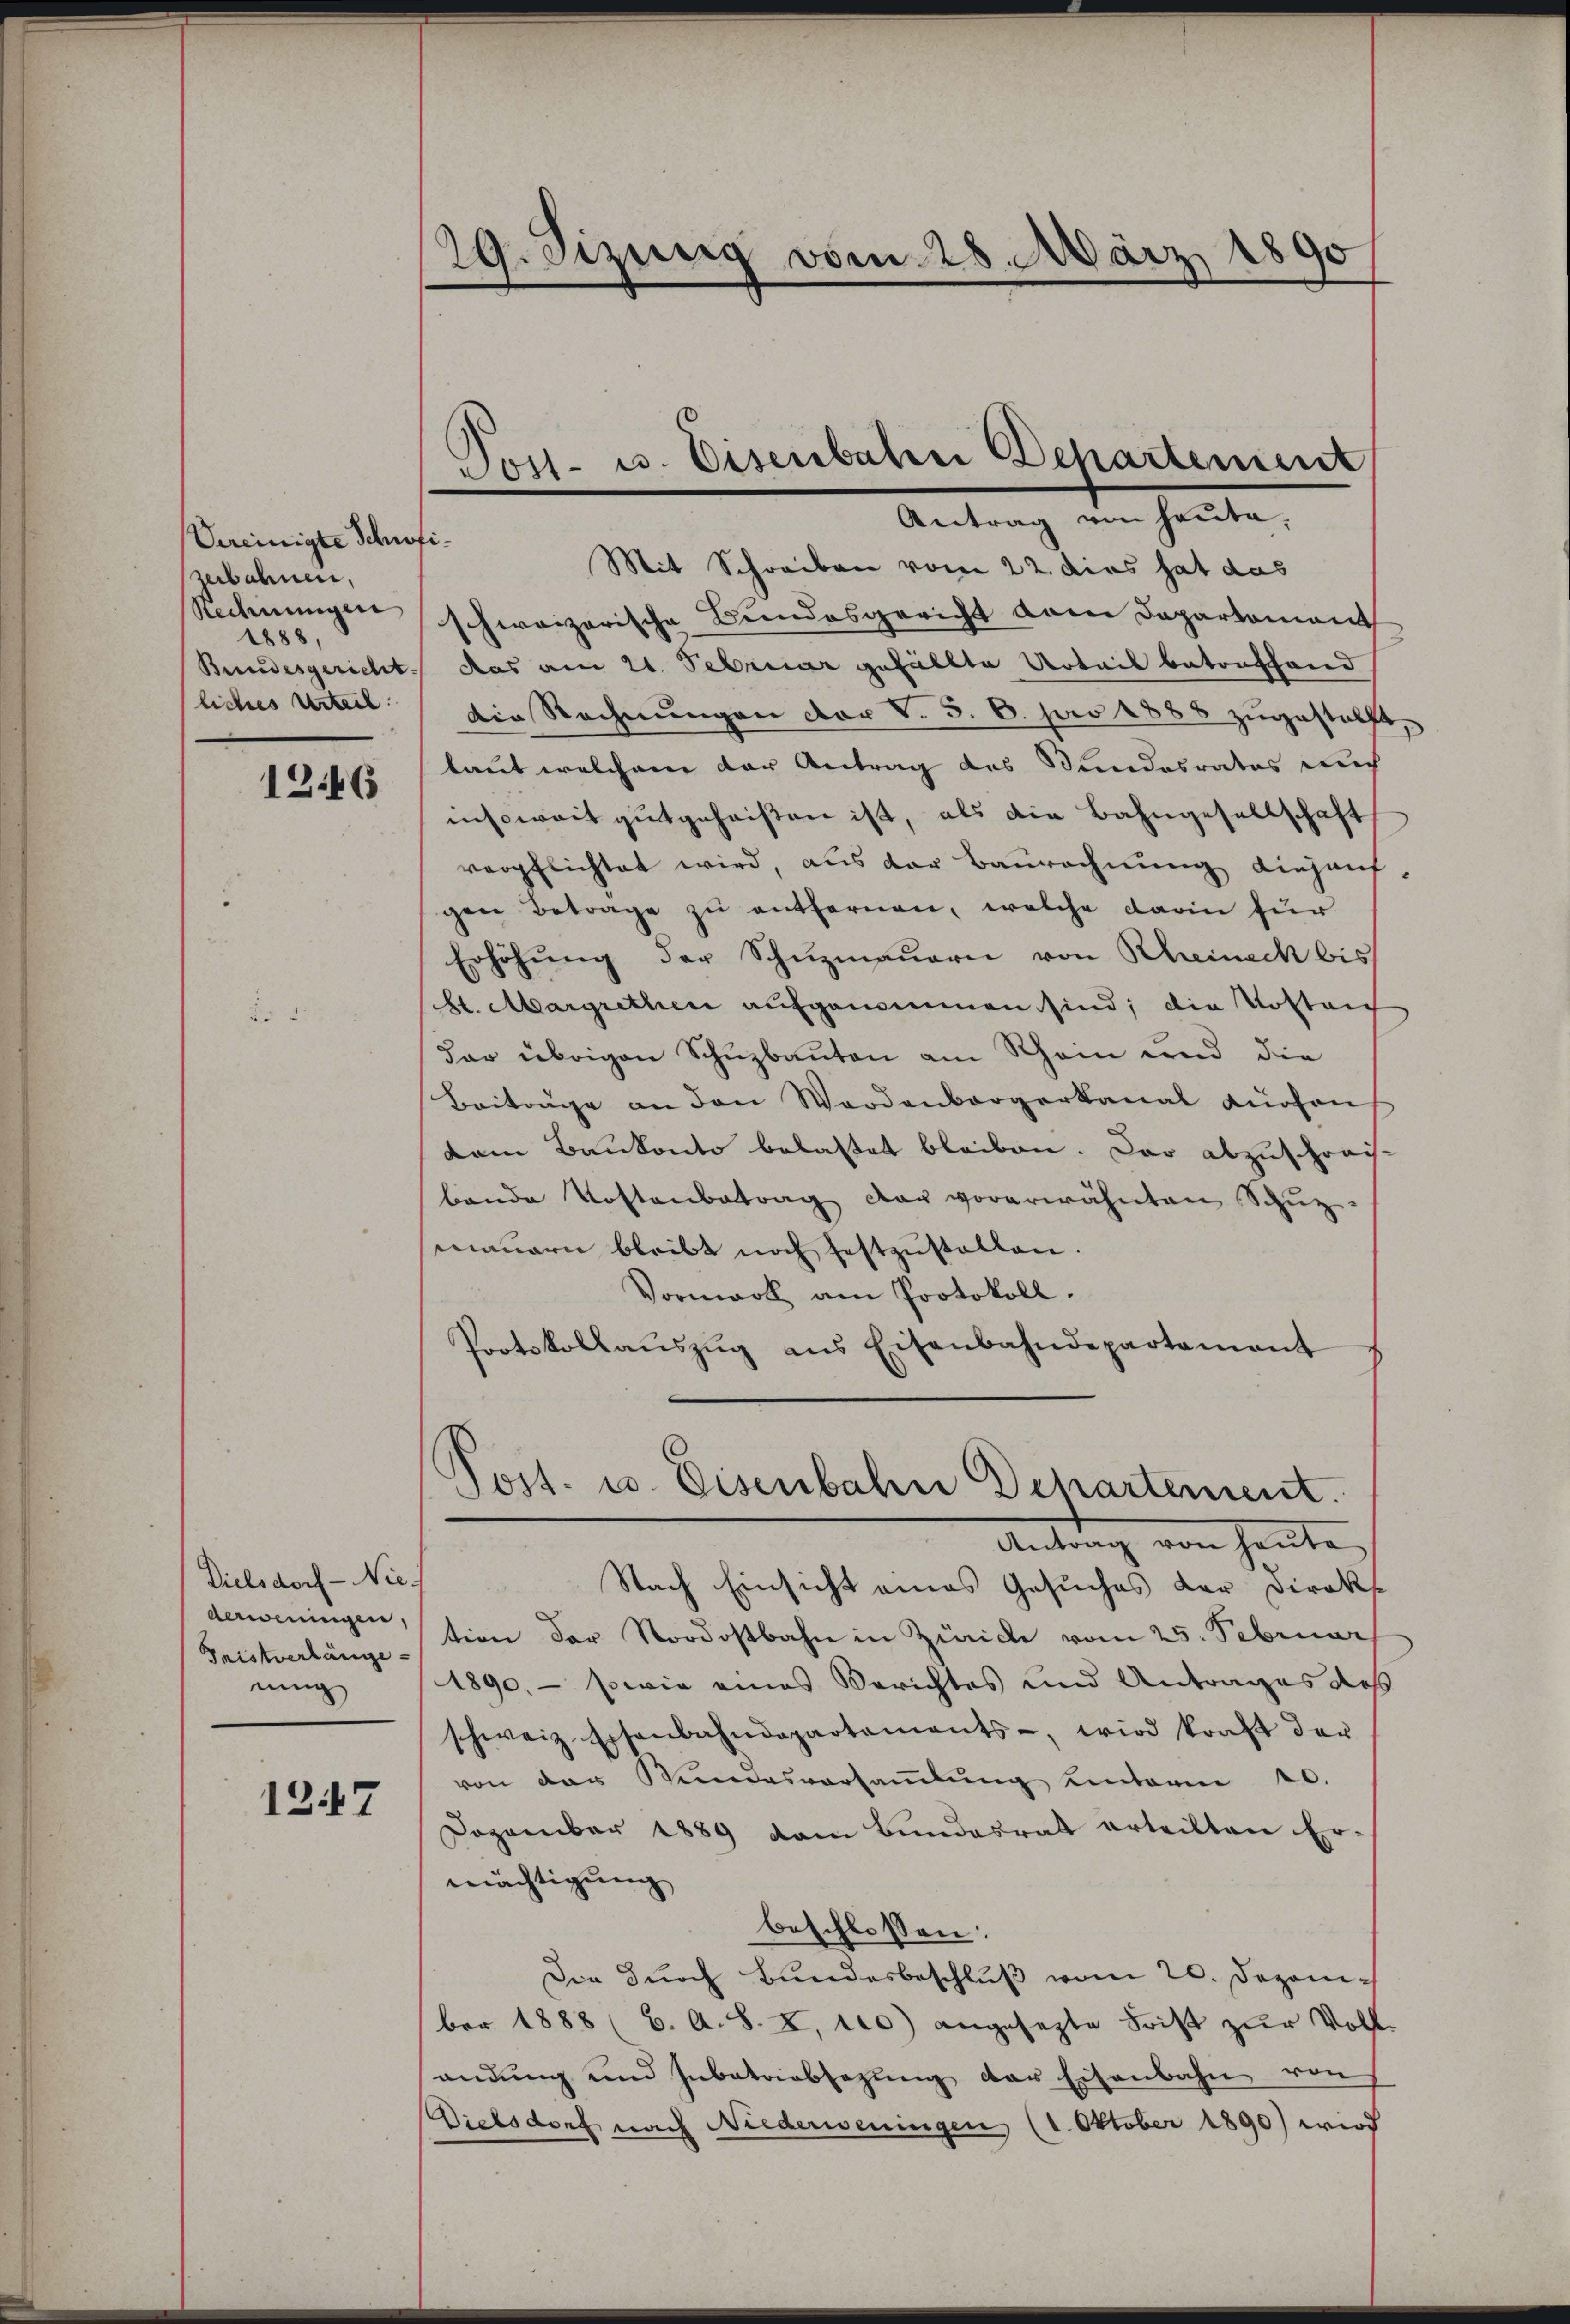
Vereinigte Schifizerbahnen,
Redmungen
1888,
liches Urteil

1246

Dielsdorf - Nie
derweningen,
Fristverlänge
nung

1247

29. Sizung vom 28. März 1890

Mit Schreiben vom 22. dies hat das
schweizerische Bundesgericht dem Departement
Bundesgericht das am 21. Februar gefällte Urteil betonfhand
Die Rechnŭngen der V. 5. 6. pro 1888 zŭgestellt,
laut welchem der Antrag des Kundesrates auch
insoweit gutgeheißen ist, als die Bahngesellschaft
verpflichtet wird, aus der Baurechnung diejant
gen Betrage zu entfernen, welche darin für
Erhöhŭng der Schŭzmauern von Rheineck bis
H. Margrethen aufgenommen sind; die Kosteig
dar übrigen Schuzbauten am Rhein und die
Beiträge an den Wordenbergerkanal dürfen
dem Baukonto belastet bleiben. Das abzuschreisbande Kostenbetrag der vorerwähnten Schŭz
mauern bleibt noch festzustellen.
Vormark am Protokoll.
Protokollaŭszŭg ans Eisenbahndepartamant

Post- u. Eisenbahre Departement
Antrag von heute,

.
Tost- u. Eisenbahne Departement.

Antrag von heute.
Nach Einsicht eines Gesuches der Direkt
tion der Nordostbahn in Zürich vom 25. Februar
1890. - sowie eines Berichtes und Antrages des
schweiz. Eisenbahndepartements-, wird kraft der
von der Bŭndesversaṁlŭng unterm 20.
Dozember 1889 vom Bundesrat erteilten Er
mächtigung
beschlossen:
Die durch Bundesbeschluß vom 20. Dezember 1888 (6. A. S. X. 100) angesezte Frist zŭr Voll-
andung und Zubatriabsazung der Eisenbahn von
Dielsdorf nach Niederweningen (1. Oktober 1890) wird